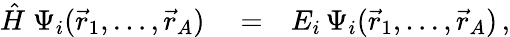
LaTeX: \begin{array}{rlr}{\hat{H}\; \Psi_{i}(\vec{r}_{1},\ldots,\vec{r}_{A})}&{{}=}&{E_{i}\, \Psi_{i}(\vec{r}_{1},\ldots,\vec{r}_{A})\, ,}\end{array}